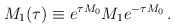
\begin{align*}M_1(\tau) \equiv e^{\tau M_0} M_1 e^{-\tau M_0}\,.\end{align*}